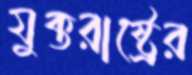
যুক্তরাষ্ট্রের